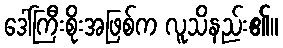
ဒေါ်ကြီးစိုးအဖြစ်က လူသိနည်း၏။